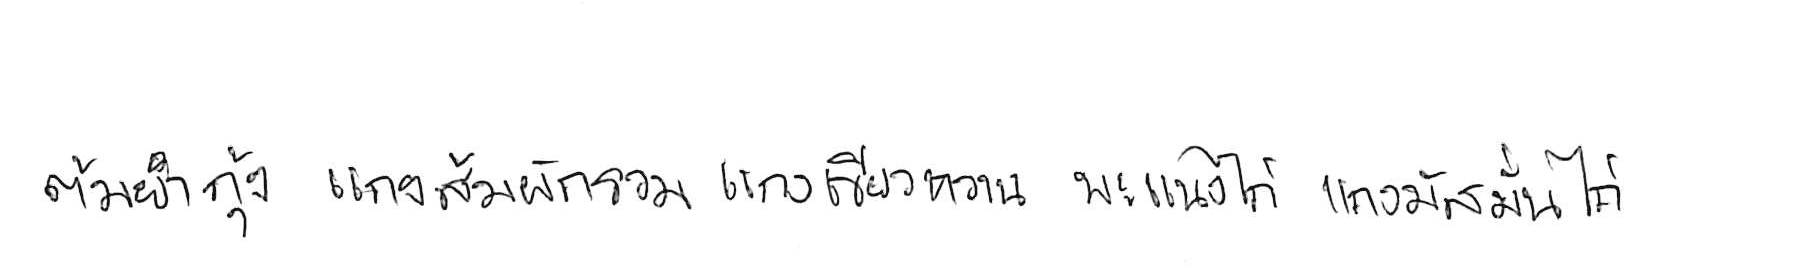
ต้มยำกุ้ง แกงส้มผักรวม แกงเขียวหวาน พะแนงไก่ แกงมัสมั่นไก่